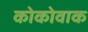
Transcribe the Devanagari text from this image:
कोकोवाक